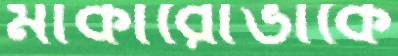
মাকারোভাকে